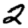
Digit: 2